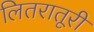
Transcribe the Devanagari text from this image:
लितरातूरी